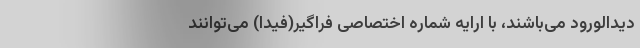
دیدالورود می‌باشند، با ارایه شماره اختصاصی فراگیر(فیدا) می‌توانند